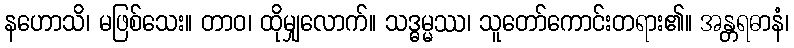
နဟောသိ၊ မဖြစ်သေး။ တာဝ၊ ထိုမျှလောက်။ သဒ္ဓမ္မဿ၊ သူတော်ကောင်းတရား၏။ အန္တရဓာနံ၊